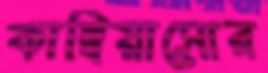
কাম্বিয়াসোর